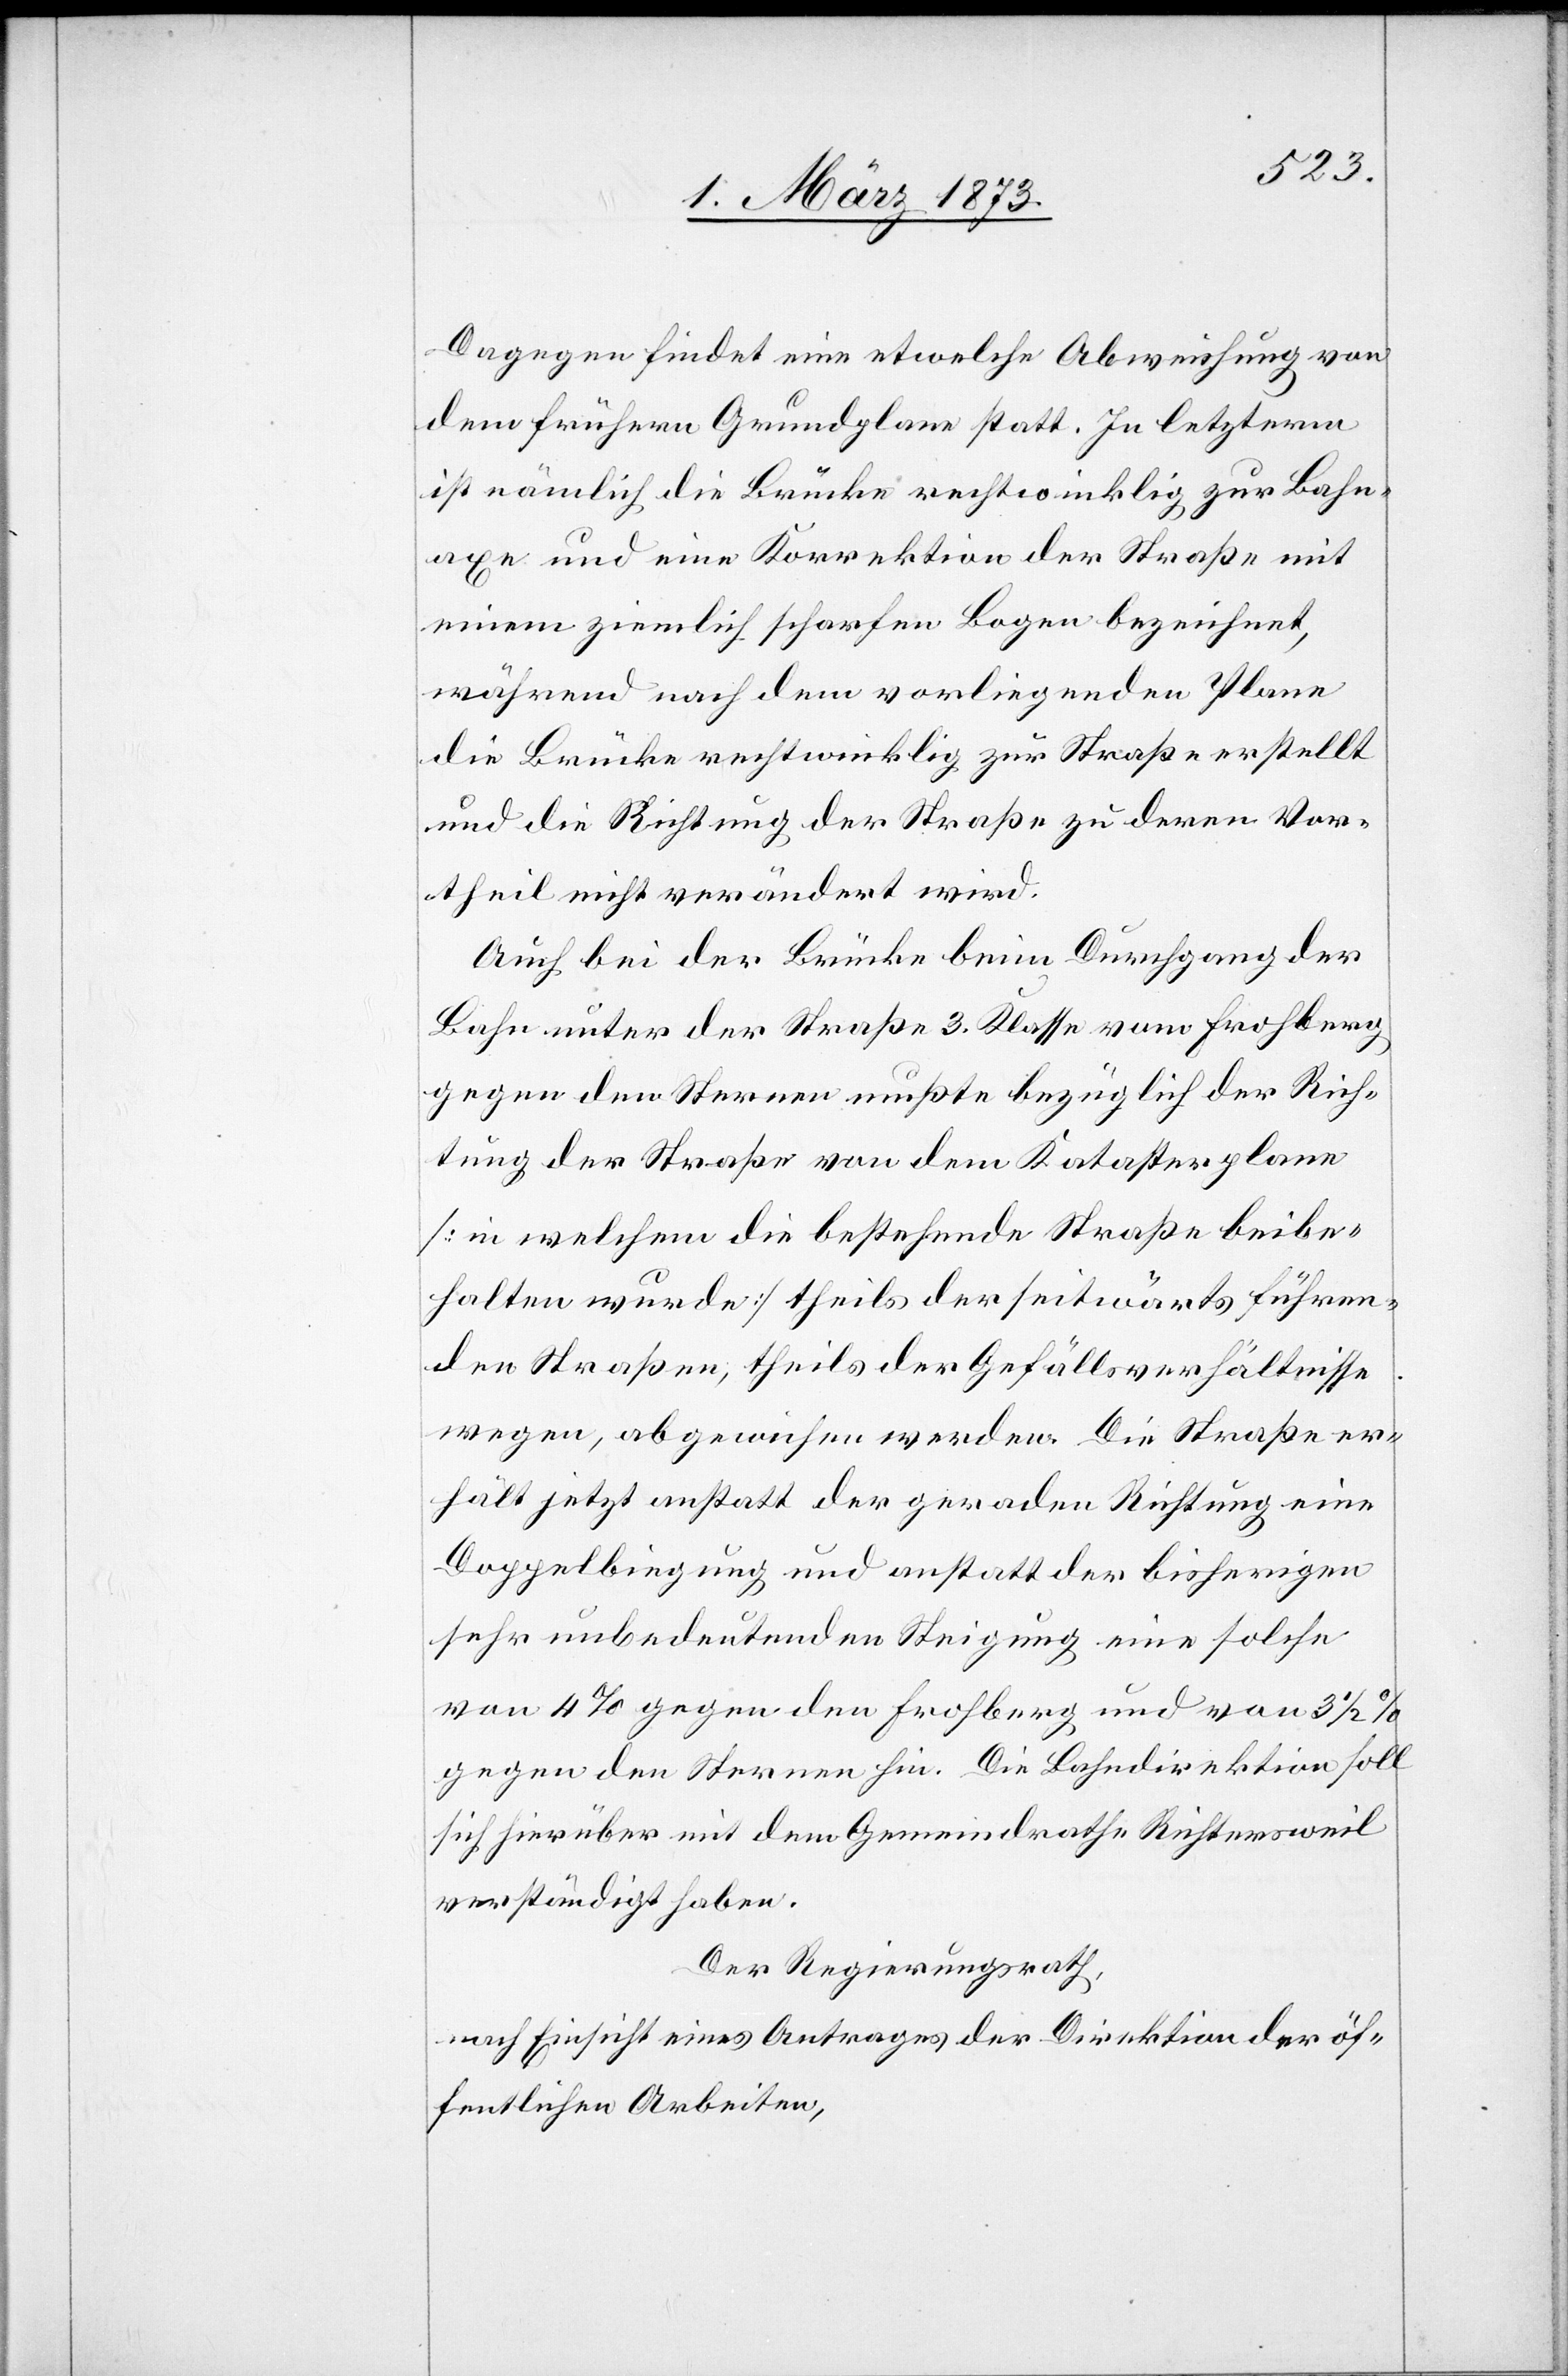
Dagegen findet eine etwelche Abweichung von
dem frühern Grundplane statt. In letzterm
ist nämlich die Brücke rechtwinklig zur Bahn¬
axe und eine Korrektion der Straße mit
einem ziemlich scharfen Bogen bezeichnet,
während nach dem vorliegenden Plane
die Brücke rechtwinklig zur Straße erstellt
und die Richtung der Straße zu deren Vor¬
theil nicht verändert wird.
Auch bei der Brücke beim Durchgang der
Bahn unter der Straße 3. Klasse vom Frohberg
gegen den Sternen mußte bezüglich der Rich¬
tung der Straße von dem Katasterplane
[in welchem die bestehende Straße beibe¬
halten wurde] theils der seitwärts führen¬
den Straßen; theils der Gefällsverhältnisse
wegen, abgewiesen werden. Die Straße er¬
hält jetzt anstatt der geraden Richtung eine
Doppelbiegung und anstatt der bisherigen
sehr unbedeutenden Steigung eine solche
von 4% gegen den Frohberg und von 3
gegen den Sternen hin. Die Bahndirektion soll
sich hierüber mit dem Gemeindrathe Richtersweil
verständigt haben.
Der Regierungsrath,
nach Einsicht eines Antrages der Direktion der öf¬
fentlichen Arbeiten,